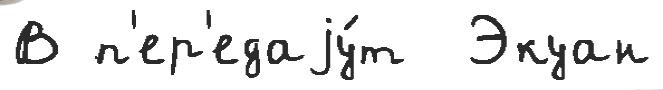
В п'ер'едаjу́т  Экуан